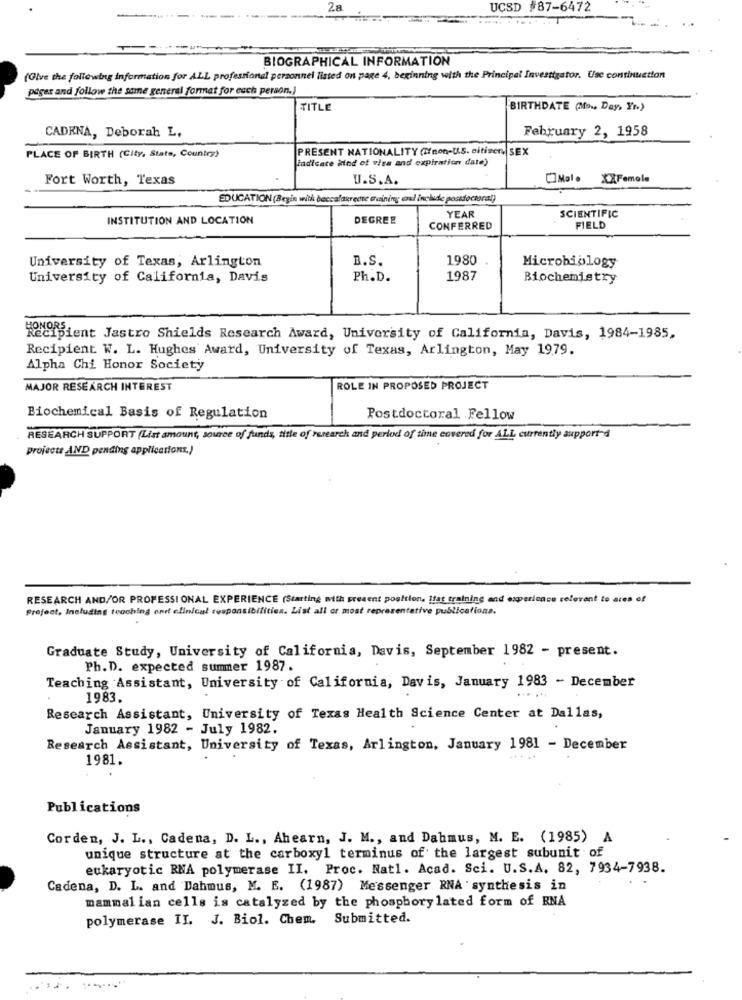
UCSD #87-6472
BIOGRAPHICAL INFORMATION
(Olve the following information for ALL professional personnel listed on page 4, beginning with the Principal Investigator. Use continuetion
piger and follow the same general format for each person.)
TITLE
BIRTHDATE (Mo ., Day, Yr)
February 2, 1958
CADENA, Deborah L.
PRESENT NATIONALITY (Ifnon-U.S. citizen, SEX
PLACE OF BIRTH (City, Stats, Country)
indicate kind of visa and expiration date)
Fort Worth, Texas
U.S.A.
CIMale XXFemale
EDUCATION (Begin with beccalagreete training and include postdoctoral)
YEAR
SCIENTIFIC
INSTITUTION AND LOCATION
DEGREE
CONFERRED
FIELD
University of Texas, Arlington
B.S.
1980
Microbiology
University of California, Davis
Ph.D.
1987
Biochemistry
Recipient Jastro Shields Research Award, University of California, Davis, 1984-1985,
Recipient W. L. Hughes Award, University of Texas, Arlington, May 1979.
Alpha Chi Honor Society
MAJOR RESEARCH INTEREST
ROLE IN PROPOSED PROJECT
Biochemical Basis of Regulation
Postdoctoral Fellow
RESEARCH SUPPORT (List amount, source of funds, title of research and period of time covered for ALL currently support-d
projects AND pending applications.)
RESEARCH AND/OR PROFESSIONAL EXPERIENCE (Starting with present position, Ifat training and experience relevant to
is of
Project, Including teaching and clinical responsibilities. List all or most representative publications.
Graduate Study, University of California, Davis, September 1982 - present.
Ph. D. expected summer 1987.
Teaching Assistant, University of California, Davis, January 1983 - December
1983.
Research Assistant, University of Texas Health Science Center at Dallas,
January 1982 - July 1982.
Research Assistant, University of Texas, Arlington, January 1981 - December
1981.
Publications
Corden, J. L ., Cadena, D. L ., Ahearn, J. M ., and Dahmus, M. E. (1985) A
unique structure at the carboxyl terminus of the largest subunit of
eukaryotic RNA polymerase II. Proc. Natl. Acad. Sci. U.S.A. 82, 7934-7938.
Cadena, D. L. and Dahmus, M. E. (1987) Messenger RNA synthesis in
mammal ian cells is catalyzed by the phosphory lated form of RNA
polymerase II. J. Biol. Chem. Submitted.